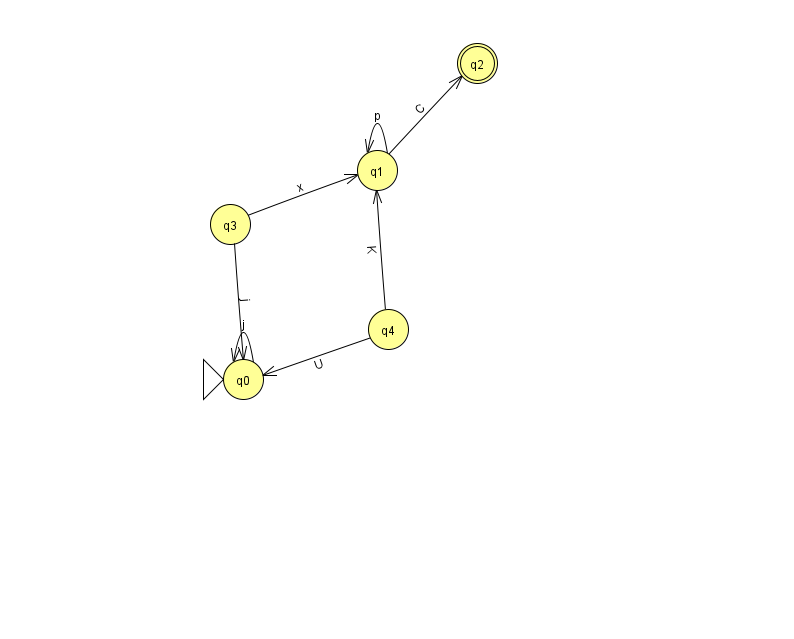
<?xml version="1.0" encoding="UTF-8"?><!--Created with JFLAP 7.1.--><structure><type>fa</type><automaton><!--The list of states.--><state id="0" name="q0"><x>243.0</x><y>366.0</y><initial/></state><state id="1" name="q1"><x>377.0</x><y>157.0</y></state><state id="2" name="q2"><x>477.0</x><y>50.0</y><final/></state><state id="3" name="q3"><x>230.0</x><y>211.0</y></state><state id="4" name="q4"><x>388.0</x><y>316.0</y></state><!--The list of transitions.--><transition><from>1</from><to>1</to><read>p</read></transition><transition><from>4</from><to>1</to><read>K</read></transition><transition><from>1</from><to>2</to><read>C</read></transition><transition><from>3</from><to>0</to><read>j</read></transition><transition><from>3</from><to>1</to><read>x</read></transition><transition><from>0</from><to>0</to><read>j</read></transition><transition><from>4</from><to>0</to><read>U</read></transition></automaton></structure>